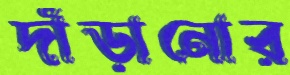
দাঁড়ানোর